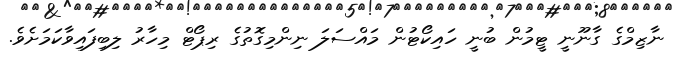
ނާޒިމްގެ ގާނޫނީ ޓީމުން ބުނީ ހައިކޯޓުން މައްސަލަ ނިންމިގޮތުގެ ރިޕޯޓް މިހާރު ލިބިފައިވާކަމަށެވެ.